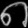
Digit: ၈